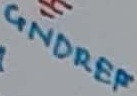
Text: GNDREF